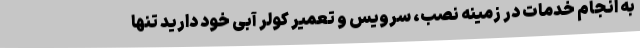
به انجام خدمات در زمینه نصب، سرویس و تعمیر کولر آبی خود دارید تنها